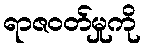
ရာဇဝတ်မှုကို